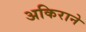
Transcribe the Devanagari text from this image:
अकिराने